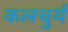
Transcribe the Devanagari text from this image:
कलचुर्य